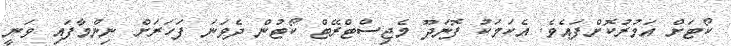
ކޯޓަށް އަމުރުކޮށްފައެވެ. އެކަމަކު ފޮނަދޫ މެޖިސްޓްރޭޓް ކޯޓުން ދެވަނަ ފަހަރަށް ނިންމާފައި ވަނީ